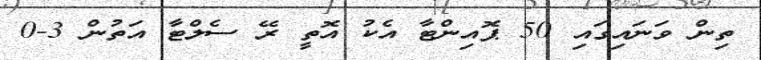
ތިން ވަނައިގައި 50 ޕޮއިންޓާ އެކު އޮތީ ރޭ ސެލްޓާ އަތުން 3-0